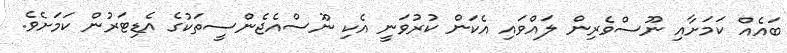
ބައެއް ކަމަށާއި ނޫސްވެރިން ލައްވައި އެކަން ކުރުވަނީ އެކި ނޫސްއެޖެންސީތަކުގެ އެޑިޓަރުން ކަމަށެވެ.